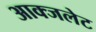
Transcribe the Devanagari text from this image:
आक्जलेट